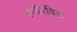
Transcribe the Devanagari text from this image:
हार्डरविक